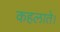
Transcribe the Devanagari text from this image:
कहलाते।